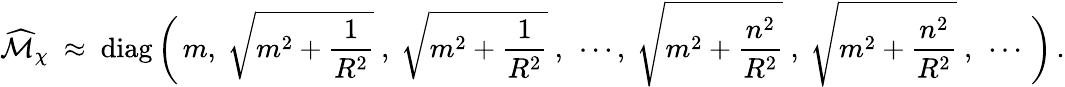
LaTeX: \widehat{\cal M}_{\chi}\ \approx\ \mathrm{diag}\, \bigg(\, m,\ \sqrt{m^{2}+\frac{1}{R^{2}}}\ ,\ \sqrt{m^{2}+\frac{1}{R^{2}}}\ ,\ \cdots,\ \sqrt{m^{2}+\frac{n^{2}}{R^{2}}}\ ,\ \sqrt{m^{2}+\frac{n^{2}}{R^{2}}}\ ,\ \cdots\, \bigg)\, .